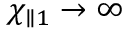
\chi _ { \parallel 1 } \rightarrow \infty